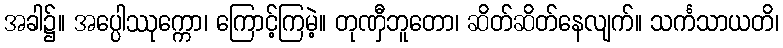
အခါ၌။ အပ္ပေါဿုက္ကော၊ ကြောင့်ကြမဲ့။ တုဏှီဘူတော၊ ဆိတ်ဆိတ်နေလျက်။ သင်္ကသာယတိ၊